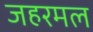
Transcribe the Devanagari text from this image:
जहरमल